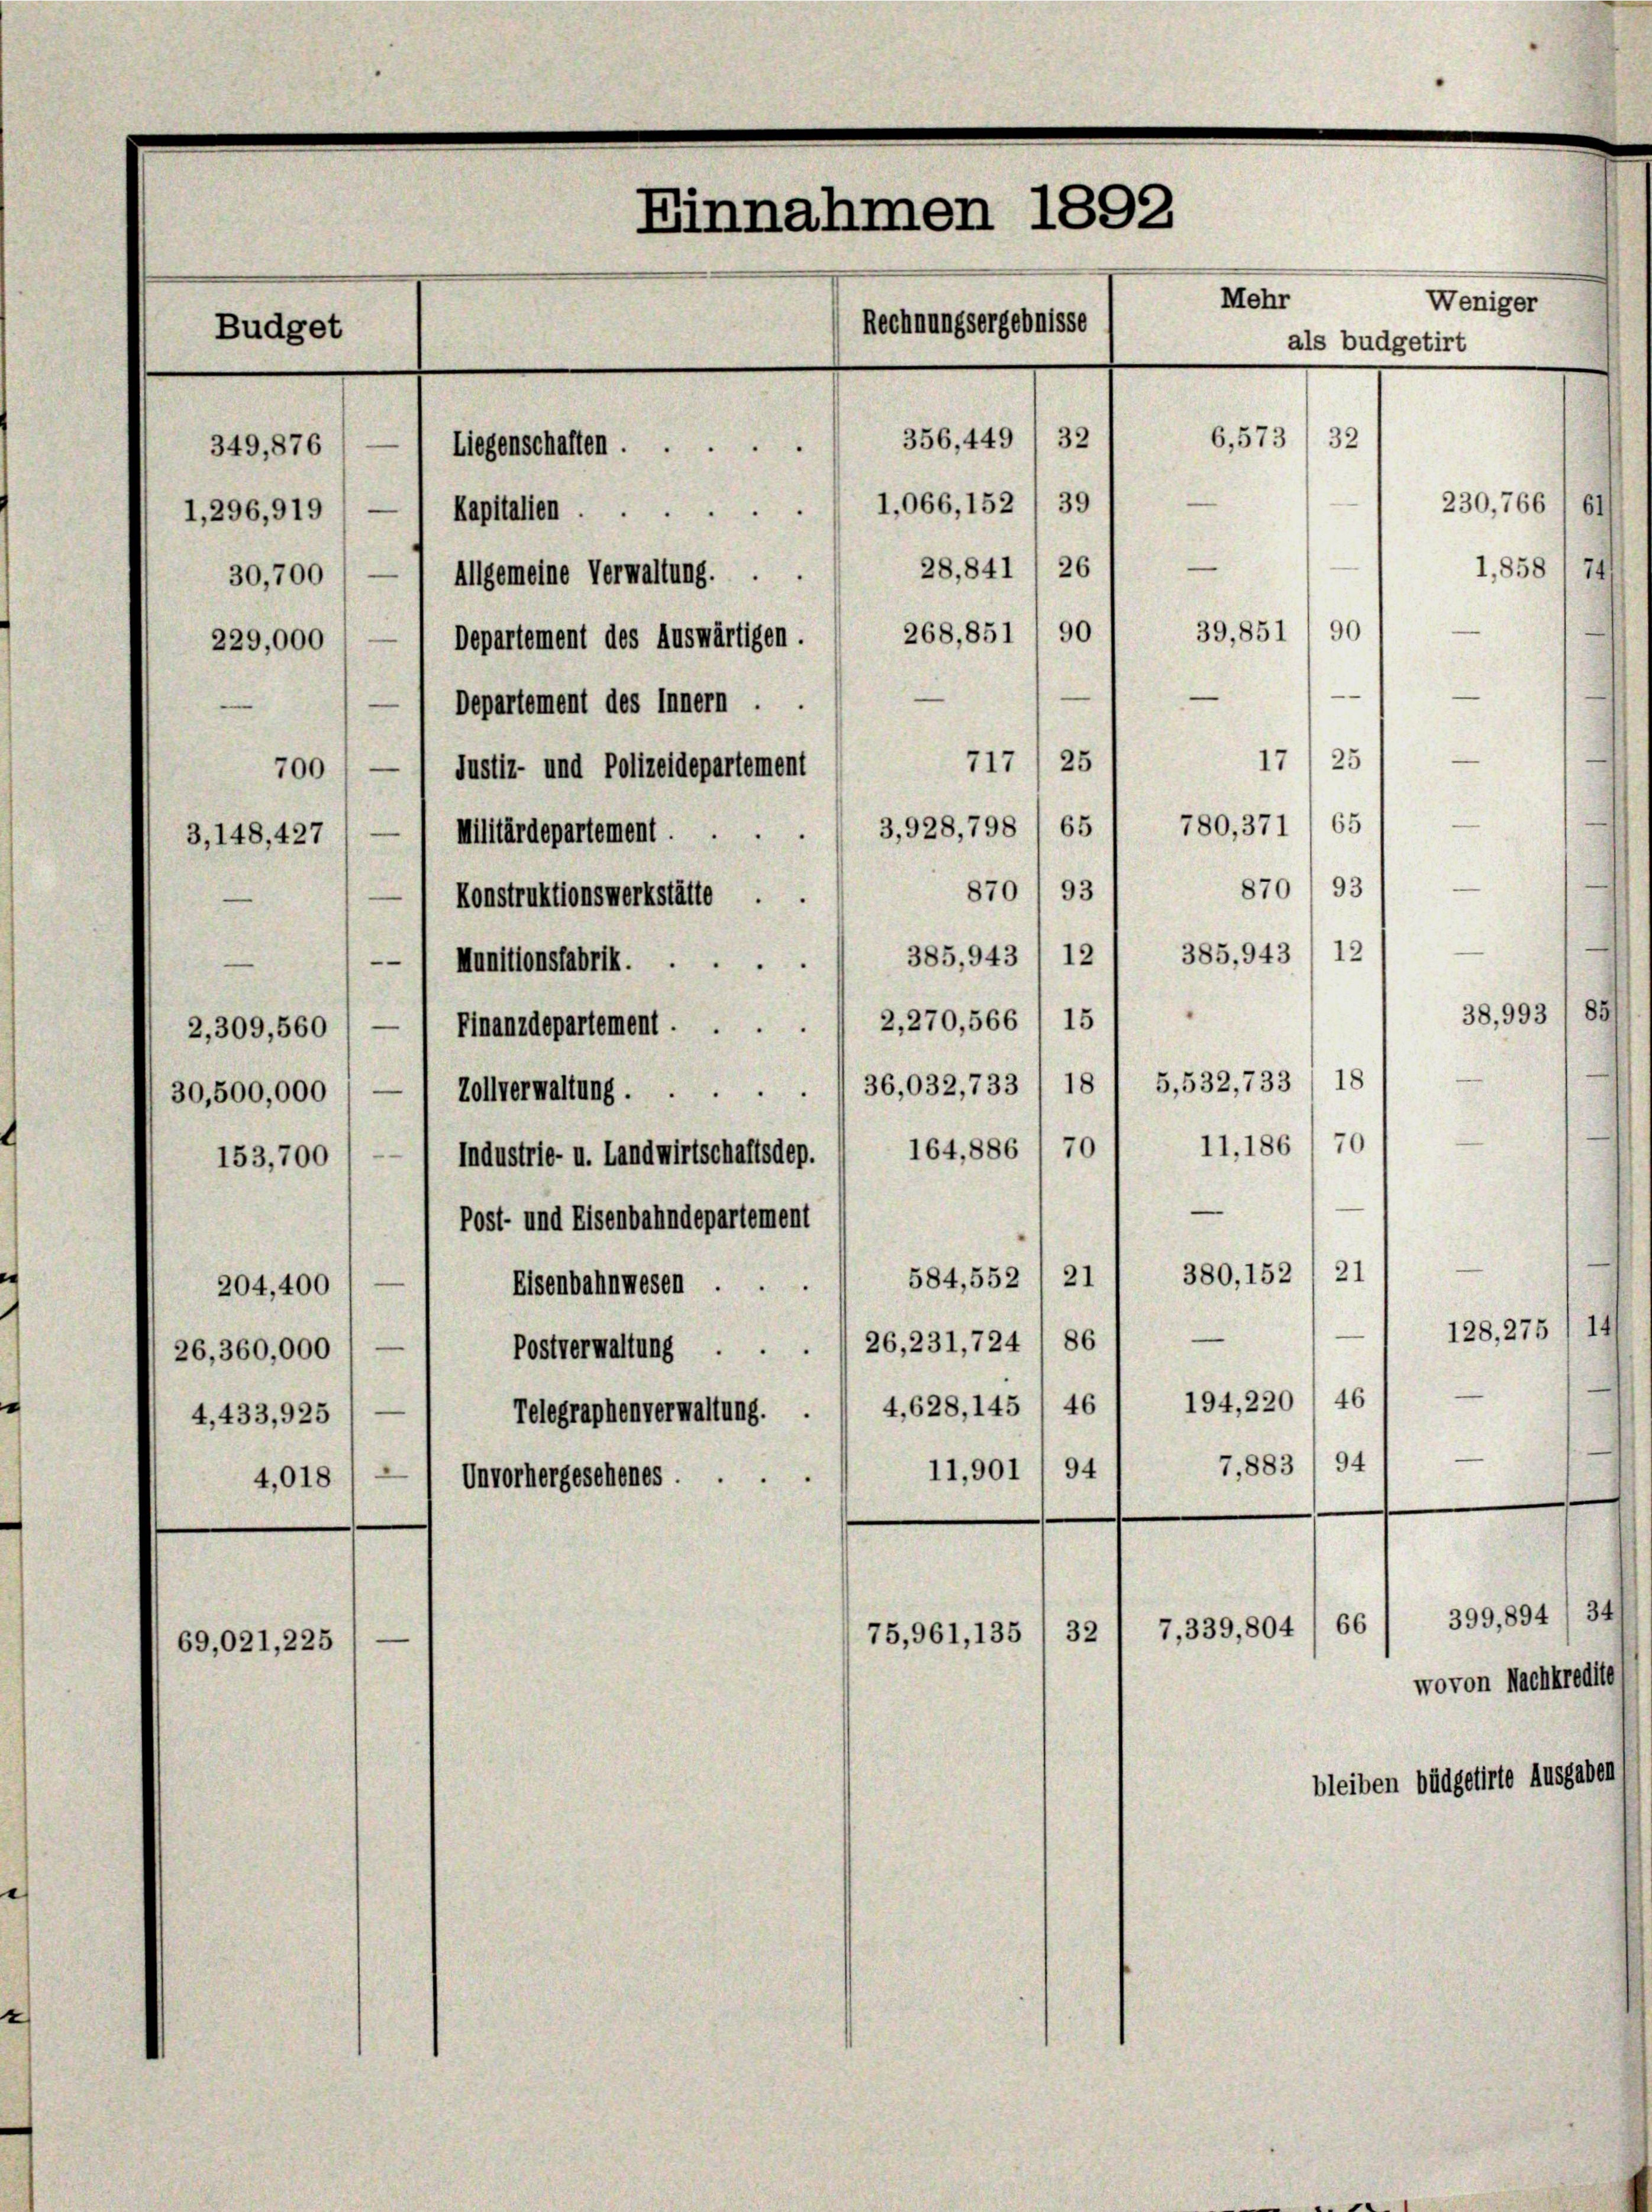
Einnahmen 1892.
Mehr
Weniger
Rechnungsergebnisse
Budget
als budgetirt
6,573
32
32
356, 449
349,876
Liegenschaften.
—
230,766 / 61
1,066,152/39
Kapitalien
1,296,919
—
1,858
26
28,841
Allgemeine Verwaltung.
30,700

700
3,148, 427
—

39,851
268,851/90
Departement des Auswärtigen.
229,000
—
—
Departement des Innern .
25
17
717) 25
e
Justiz- und Polizeidepartement
65
780, 371
65
3,928,798
Militärdepartement.
8701 93
870, 93
Konstruktionswerkstätte
385,943 / 12
385,943  12
—
Munitionsfabrik.
15
2,270,566
Finanzdepartement .
2,309, 560 / —
18
5,532, 733
18
36,032, 733
Zollverwaltung.
30,500,000
70
11,186
70
164,886
Industrie- u. Landwirtschaftsdep.
153,700
—
Post- und Eisenbahndepartement
380, 152 (21
21
584, 552
Eisenbahnwesen ..
204,400
86
26, 231,724
Postverwaltung
26, 360,000
194, 220 / 46
46
4,628, 145
Telegraphenverwaltung.
4,433,925
7,883/ 94
94
11,901
Unvorhergesehenes.
4,018

69,021,225

128, 275 (14
—
e
399,894/ 341
7,339, 804 / 66
32
75,961, 135
wovon Nachkredite
bleiben büdgetirte Ausgaben

90

74

38,993

8